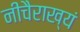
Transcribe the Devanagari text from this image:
नीचैराख्यं